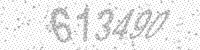
Solution: 613490